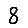
Digit: 8